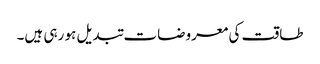
طاقت کی معروضات تبدیل ہو رہی ہیں۔